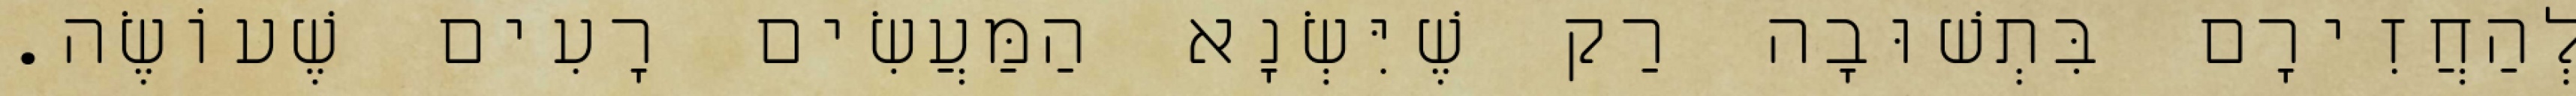
לְהַחֲזִירָם בִּתְשׁוּבָה רַק שֶׁיִּשְׂנָא הַמַּעֲשִׂים רָעִים שֶׁעוֹשֶׂה.